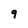
Character: 9